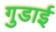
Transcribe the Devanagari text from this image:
गुडाई